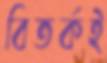
বিতর্কই